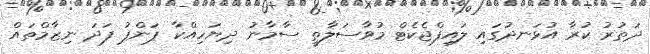
ދަތުރު ކުރާ އުޅަނދުގައި ލައިފްޖެކެޓް މުވާސަލާތީ ސާމާނު ދިޔަހިއްކާ ޕަންޕު ފަދަ ނިޒާމްތައް